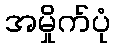
အမှိုက်ပုံ